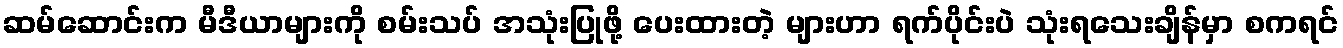
ဆမ်ဆောင်းက မီဒီယာများကို စမ်းသပ် အသုံးပြုဖို့ ပေးထားတဲ့ များဟာ ရက်ပိုင်းပဲ သုံးရသေးချိန်မှာ စကရင်